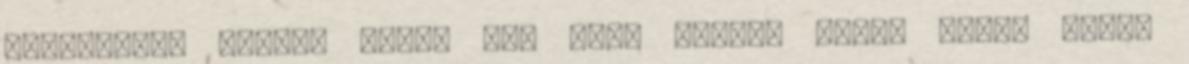
KÉSZÍTSEN, HOZZON LÉTRE EGY JOBB OLDALT Ebben senki nincs